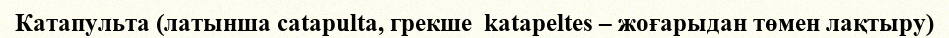
Катапульта (латынша catapulta, грекше  katapeltes – жоғарыдан төмен лақтыру)